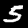
Digit: 5